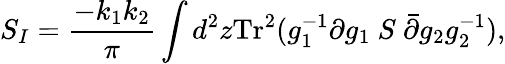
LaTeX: S_{I}={\frac{-k_{1}k_{2}}{\pi}}\int d^{2}z\mathrm{Tr}^{2}(g_{1}^{-1}\partial g_{1}~S~\bar{\partial}g_{2}g_{2}^{-1}),